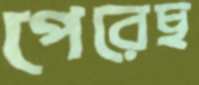
পেরেছ